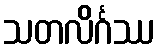
သတလိင်္ဂဿ